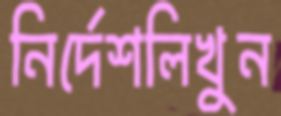
নির্দেশলিখুন